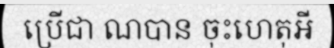
ប្រើជា ណបាន ចុះហេតុអី